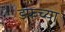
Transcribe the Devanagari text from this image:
डफच्या